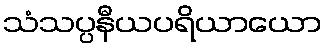
သံသပ္ပနီယပရိယာယော